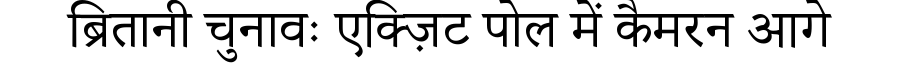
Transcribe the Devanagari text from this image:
ब्रितानी चुनावः एक्ज़िट पोल में कैमरन आगे